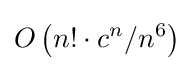
O\left(n!\cdot c^{n}/n^{6}\right)